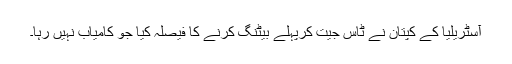
آسٹریلیا کے کپتان نے ٹاس جیت کرپہلے بیٹنگ کرنے کا فیصلہ کیا جو کامیاب نہیں رہا۔